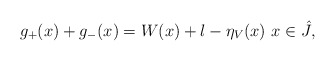
\begin{align*}g_+(x)+g_-(x)=W(x)+l-\eta_V(x) \ x\in\hat{J},\end{align*}